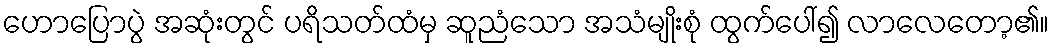
ဟောပြောပွဲ အဆုံးတွင် ပရိသတ်ထံမှ ဆူညံသော အသံမျိုးစုံ ထွက်ပေါ်၍ လာလေတော့၏။